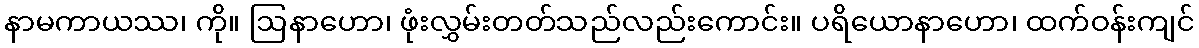
နာမကာယဿ၊ ကို။ ဩနာဟော၊ ဖုံးလွှမ်းတတ်သည်လည်းကောင်း။ ပရိယောနာဟော၊ ထက်ဝန်းကျင်